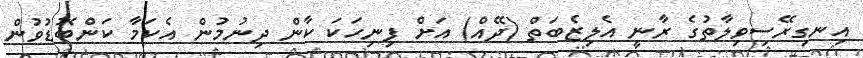
އިނގިރޭސިވިލާތުގެ ރާނީ އެލިޒެބަތް (ދޭއް) އަށް ފިނިހަކަ ކާން ދިނުމުން އެކަމާ ކަންބޮޑުވުން